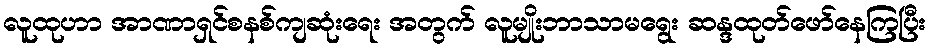
လူထုဟာ အာဏာရှင်စနစ်ကျဆုံးရေး အတွက် လူမျိုးဘာသာမရွေး ဆန္ဒထုတ်ဖော်နေကြပြီး